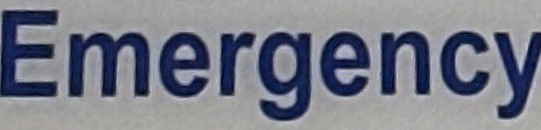
Emergency